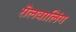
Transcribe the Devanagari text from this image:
रॊलवालिंग